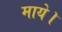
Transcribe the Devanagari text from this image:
माये।